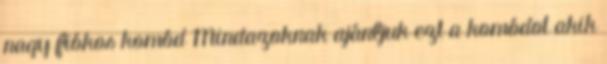
nagy fiókos komód Mindazoknak ajánljuk ezt a komódot akik